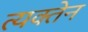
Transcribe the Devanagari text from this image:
त्यक्तेन